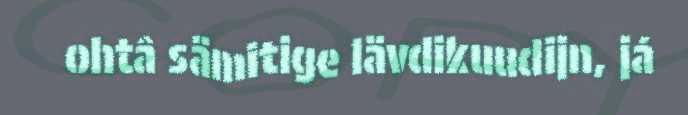
ohtâ sämitige lävdikuudijn, já